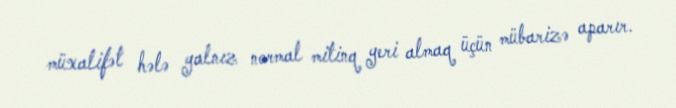
müxalifət hələ yalnız normal mitinq yeri almaq üçün mübarizə aparır.